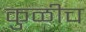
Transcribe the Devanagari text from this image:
कुळीच